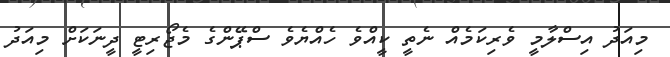
މިއަދު އިސްލާމީ ވެރިކަމެއް ނެތީ ކީއްވެ ހެއްޔެވެ ސްޕޭންގެ މެޖޯރިޓީ ދީނަކަށް މިއަދު